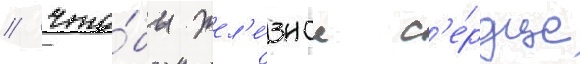
/ что́бы жел'е́зное с'е́рдце